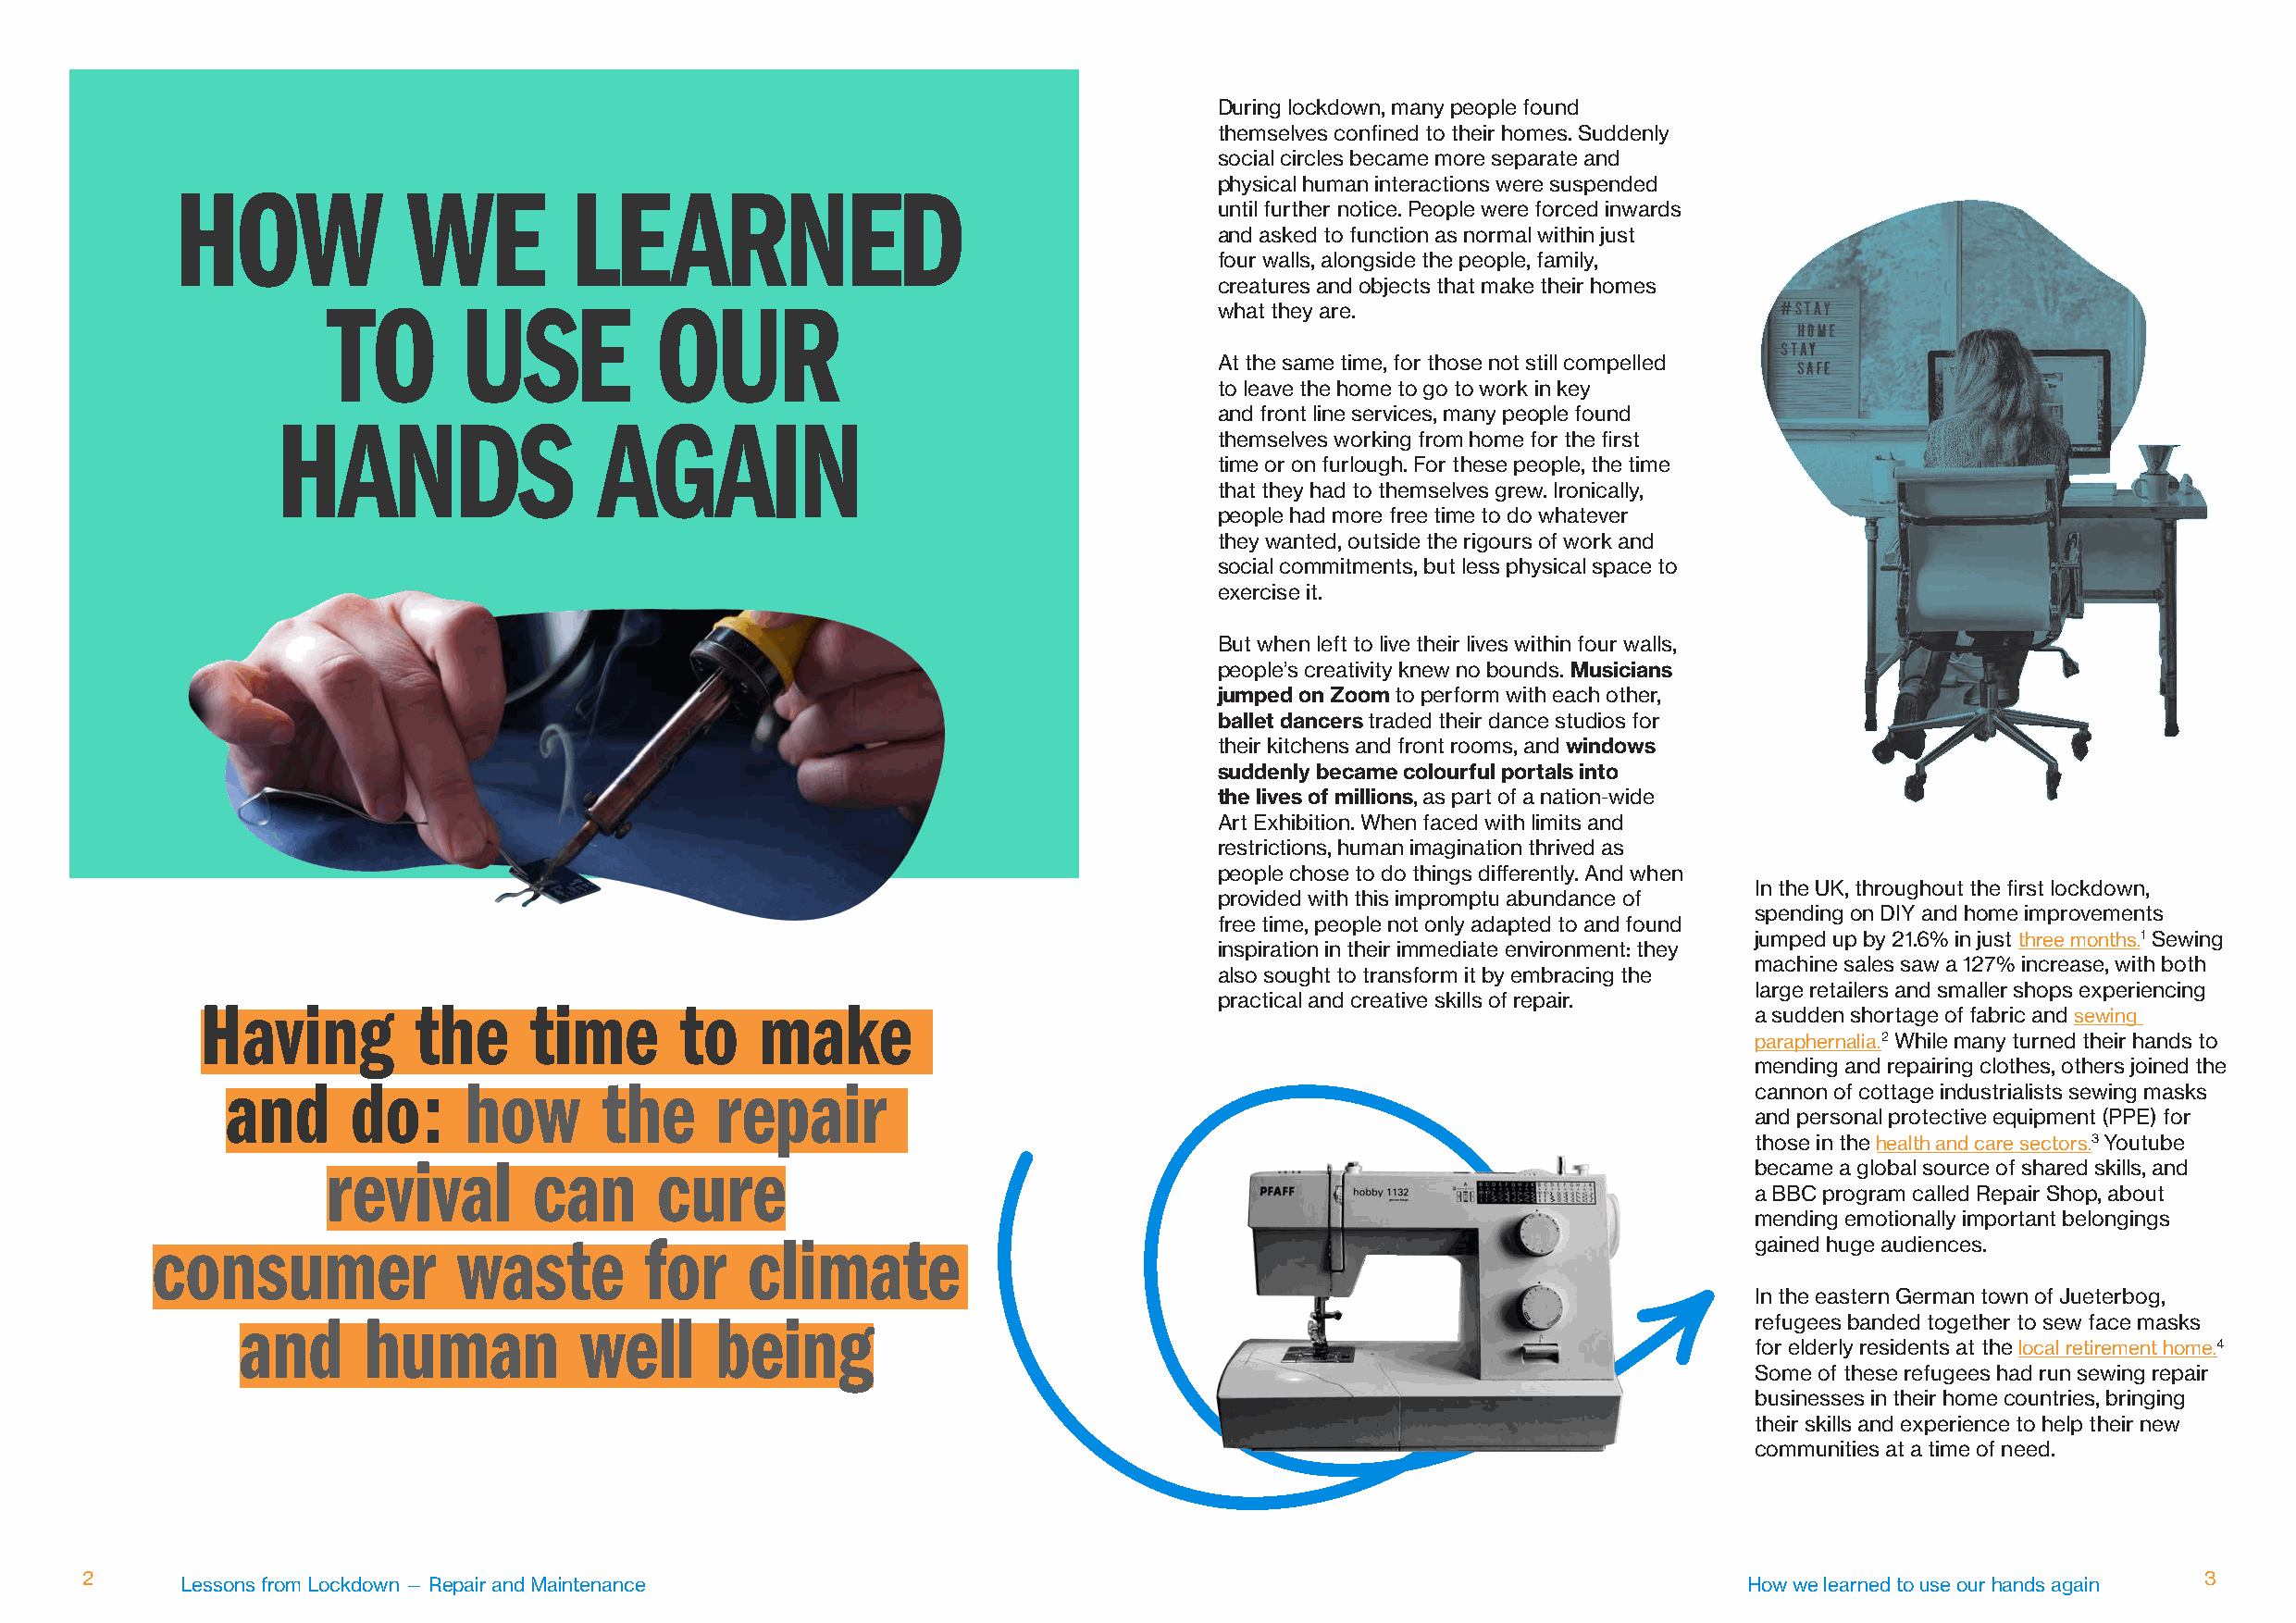
During lockdown, many people found
 themselves confined to their homes. Suddenly
 social circles became more separate and
 physical human interactions were suspended
 HOW              WE          LEARNED
 until further notice. People were forced inwards
 and asked to function as normal within just
 four walls, alongside the people, family,
 creatures and objects that make their homes
 TO        USE           OUR                                     what they are.
 At the same time, for those not still compelled
 to leave the home to go to work in key
 and front line services, many people found
 HANDS                  AGAIN
 themselves working from home for the first
 time or on furlough. For these people, the time
 that they had to themselves grew. Ironically,
 people had more free time to do whatever
 they wanted, outside the rigours of work and
 social commitments, but less physical space to
 exercise it.
 But when left to live their lives within four walls,
 people’s creativity knew no bounds. Musicians
 jumped on Zoom to perform with each other,
 ballet dancers traded their dance studios for
 their kitchens and front rooms, and windows
 suddenly became colourful portals into
 the lives of millions, as part of a nation-wide
 Art Exhibition. When faced with limits and
 restrictions, human imagination thrived as
 people chose to do things differently. And when
 In the UK, throughout the first lockdown,
 provided with this impromptu abundance of
 spending on DIY and home improvements
 free time, people not only adapted to and found
 jumped up by 21.6% in just three months.1 Sewing
 inspiration in their immediate environment: they
 machine sales saw a 127% increase, with both
 also sought to transform it by embracing the
 large retailers and smaller shops experiencing
 practical and creative skills of repair.
 Having          the     time       to   make
 a sudden shortage of fabric and sewing
 paraphernalia.2 While many turned their hands to
 mending and repairing clothes, others joined the
 and      do:     how       the     repair
 cannon of cottage industrialists sewing masks
 and personal protective equipment (PPE) for
 those in the health and care sectors.3 Youtube
 revival        can      cure                                                                           became a global source of shared skills, and
 a BBC program called Repair Shop, about
 mending emotionally important belongings
 consumer              waste        for    climate                                                                  gained huge audiences.
 In the eastern German town of Jueterbog,
 and      human          well      being                                                                      refugees banded together to sew face masks
 for elderly residents at the local retirement home.4
 Some of these refugees had run sewing repair
 businesses in their home countries, bringing
 their skills and experience to help their new
 communities at a time of need.
 2                                                                                                                                                       3
 Lessons from Lockdown — Repair and Maintenance                                                                  How we learned to use our hands again